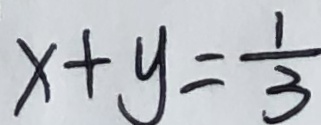
x + y = \frac { 1 } { 3 }